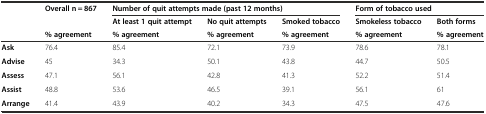
|  | Overall n = 867 | <COLSPAN=3> Number of quit attempts made (past 12 months) | <COLSPAN=2> Form of tobacco used |
 |  |  | At least 1 quit attempt | No quit attempts | Smoked tobacco | Smokeless tobacco | Both forms |
 |  | % agreement | % agreement | % agreement | % agreement | % agreement | % agreement |
 | --- | --- | --- | --- | --- | --- | --- |
 | Ask | 76.4 | 85.4 | 72.1 | 73.9 | 78.6 | 78.1 |
 | Advise | 45 | 34.3 | 50.1 | 43.8 | 44.7 | 50.5 |
 | Assess | 47.1 | 56.1 | 42.8 | 41.3 | 52.2 | 51.4 |
 | Assist | 48.8 | 53.6 | 46.5 | 39.1 | 56.1 | 61 |
 | Arrange | 41.4 | 43.9 | 40.2 | 34.3 | 47.5 | 47.6 |